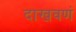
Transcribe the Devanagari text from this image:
दाखवणं